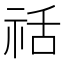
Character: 䄆